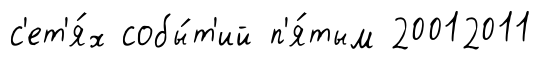
с'ет'я́х собы́т'ий п'я́тым 20012011